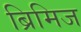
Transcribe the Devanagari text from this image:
ब्रिमिज